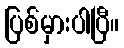
ပြစ်မှားပါပြီ။